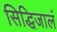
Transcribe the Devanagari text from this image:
सिद्धिजालं